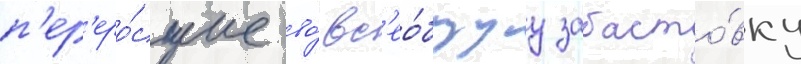
п'ер'еро́сшие во́ вс'ео́бщуу забасто́вку